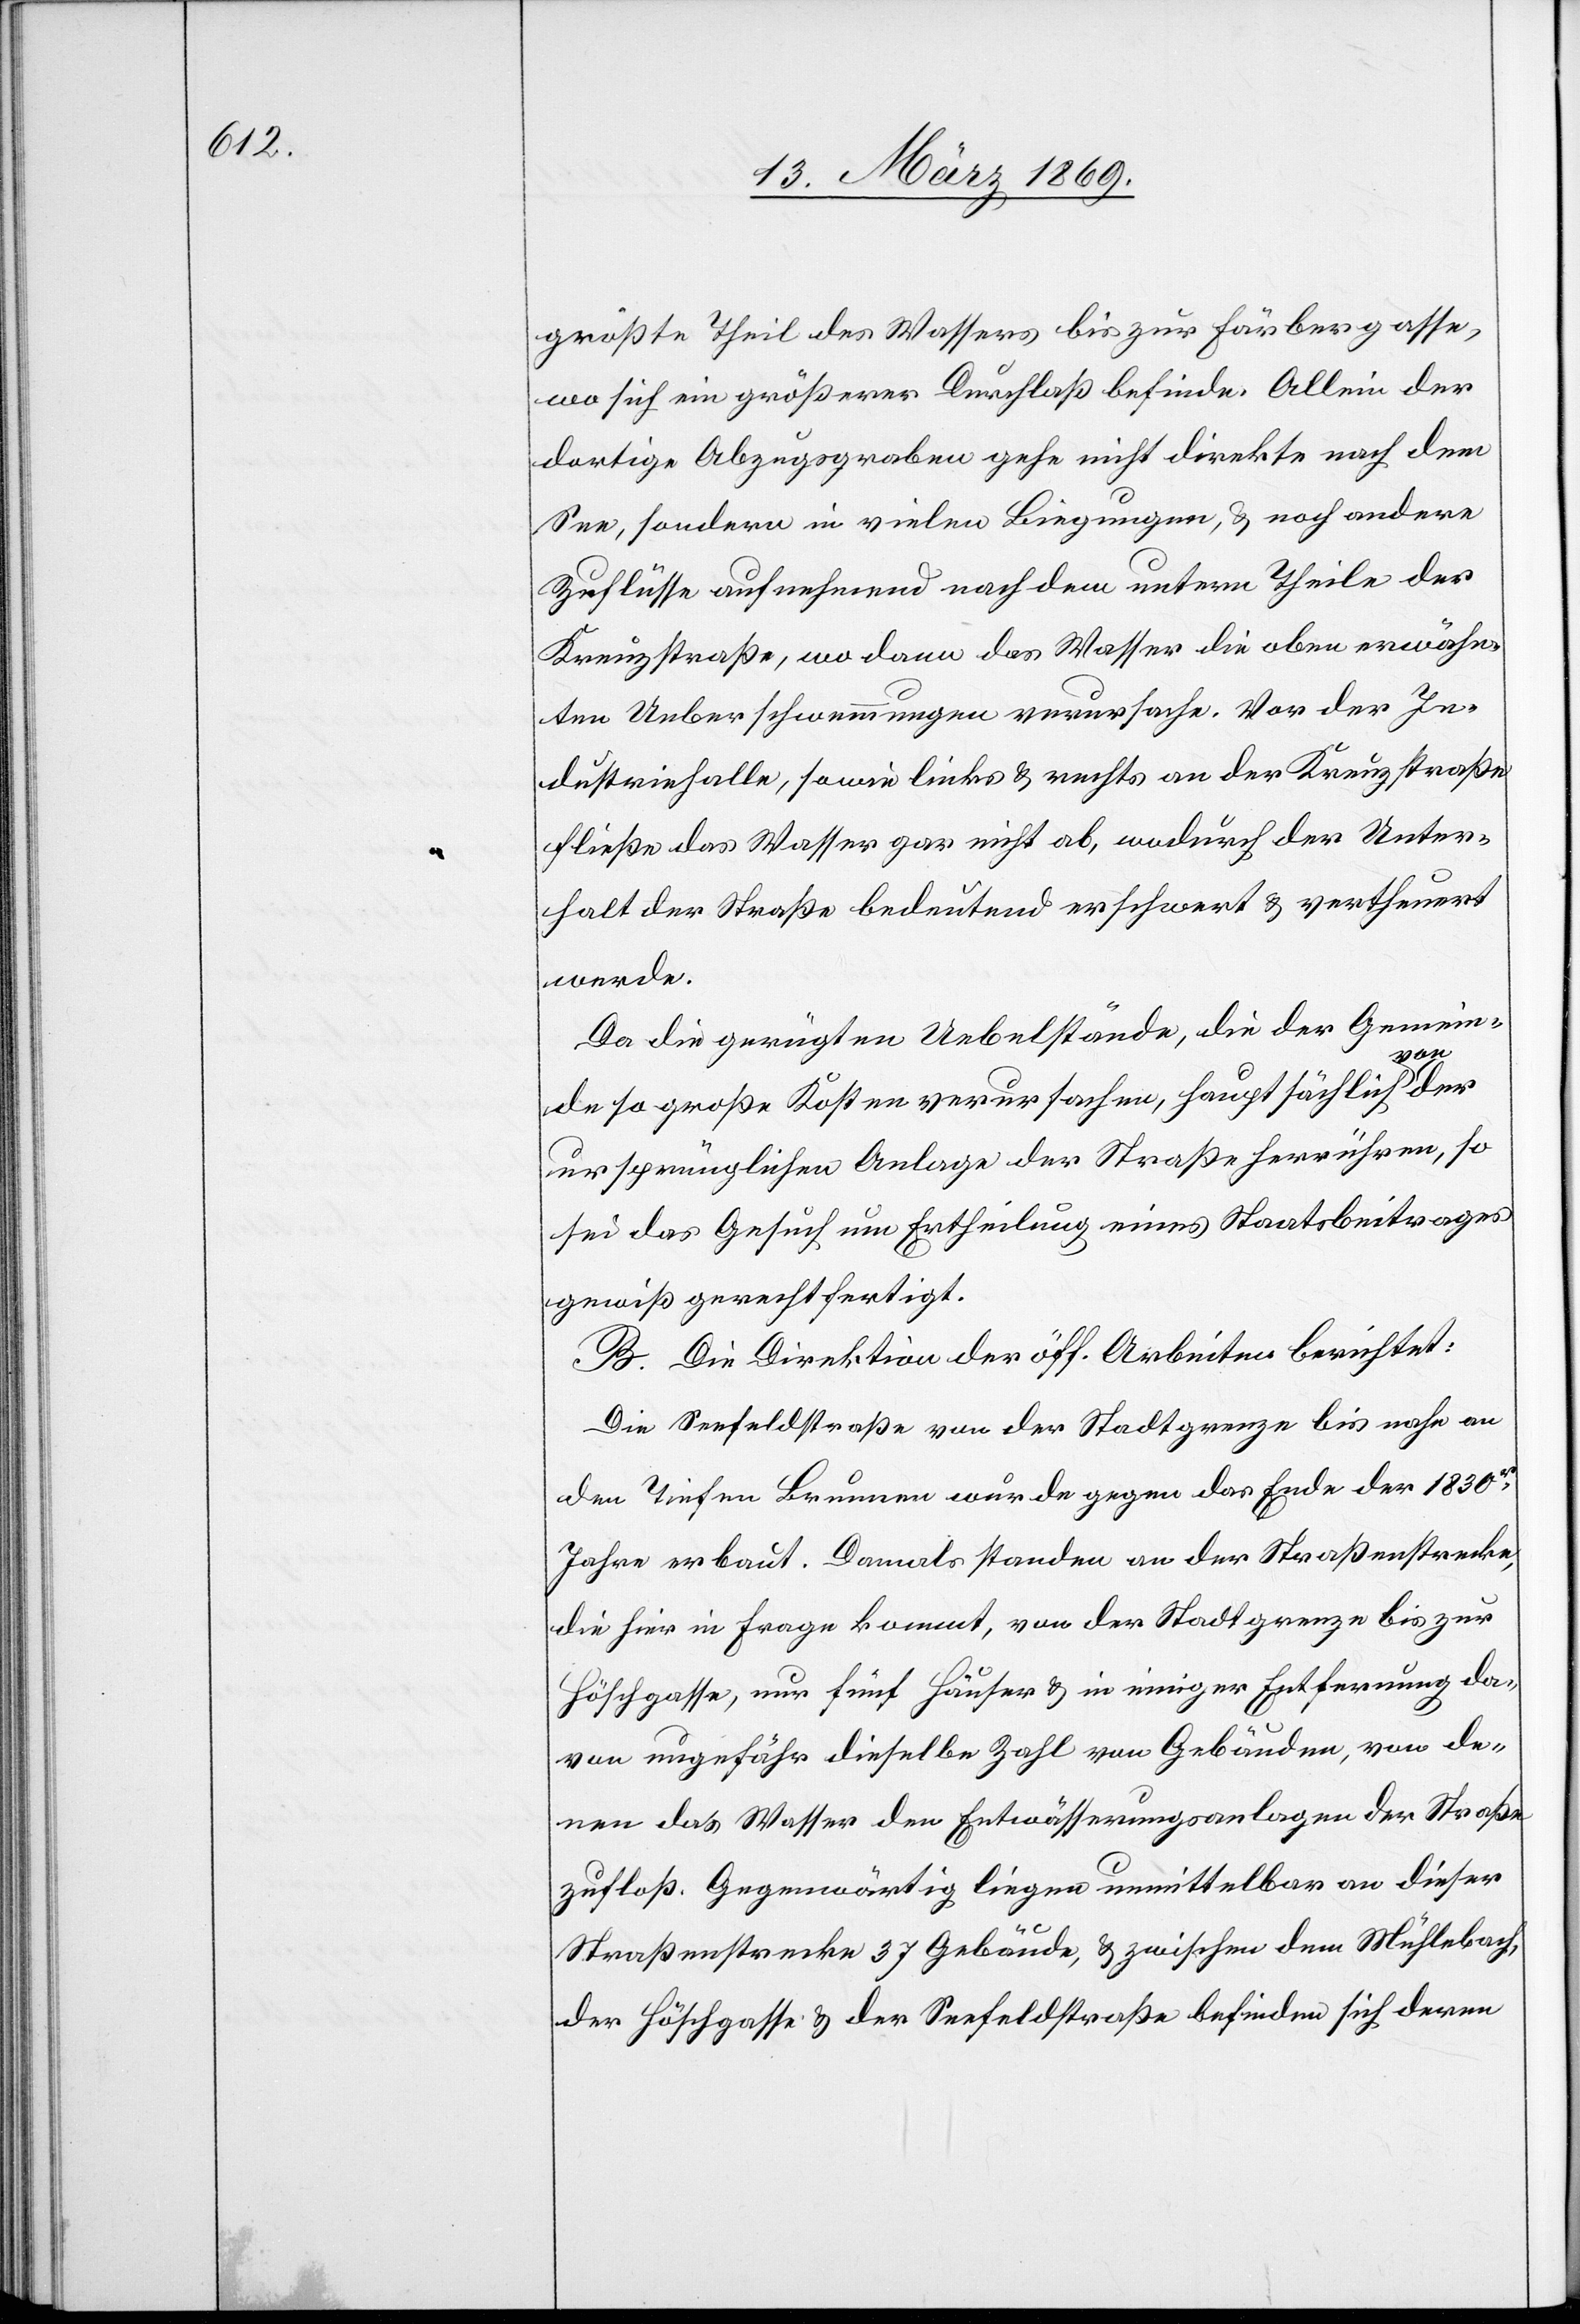
größte Theil des Wassers bis zur Färbergasse,
wo sich ein größerer Durchlaß befinde. Allein der
dortige Abzugsgraben gehe nicht direkte nach dem
See, sondern in vielen Biegungen, & noch andere
Zuflüsse aufnehmend nach dem untern Theile der
Kreuzstraße, wo dann das Wasser die oben erwähn¬
ten Ueberschwemmungen verursache. Vor der In¬
dustriehalle, sowie links & rechts an der Kreuzstraße
fließe das Wasser gar nicht ab, wodurch der Unter¬
halt der Straße bedeutend erschwert & vertheuert
werde.
Da die gerügten Uebelstände, die der Gemein¬
de so große Kosten verursachen, hauptsächlich von
ursprünglichen Anlage der Straße herrühren, so
sei das Gesuch um Ertheilung eines Staatsbeitrages
gewiß gerechtfertigt.
B. Die Direktion der öff. Arbeiten berichtet:
Die Seefeldstraße von der Stadtgrenze bis nahe an
den tiefen Brunnen wurde gegen das Ende der 1830er
Jahre erbaut. Damals standen an der Straßenstrecke,
die hier in Frage kommt, von der Stadtgrenze bis zur
Höschgasse, nur fünf Häuser & in einiger Entfernung da¬
von ungefähr dieselbe Zahl von Gebäuden, von de¬
nen das Wasser den Entwässerungsanlagen der Straße
zufloß. Gegenwärtig liegen unmittelbar an dieser
Straßestrecke 37 Gebäude, & zwischen dem Mühlebach,
der Höschgasse & der Seefeldstraße befinden sich deren